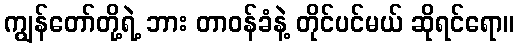
ကျွန်တော်တို့ရဲ့ ဘား တာဝန်ခံနဲ့ တိုင်ပင်မယ် ဆိုရင်ရော။